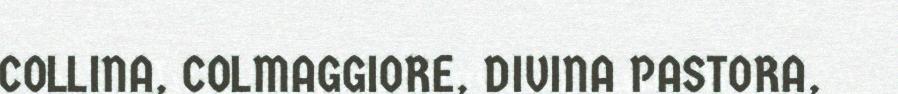
COLLINA, COLMAGGIORE, DIVINA PASTORA,